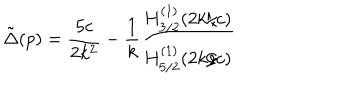
LaTeX: \tilde { \Delta } ( p ) = \frac { 5 c } { 2 k ^ { 2 } } - \frac { 1 } { k } \frac { H _ { 3 / 2 } ^ { ( 1 ) } ( 2 k / c ) } { H _ { 5 / 2 } ^ { ( 1 ) } ( 2 k / c ) }